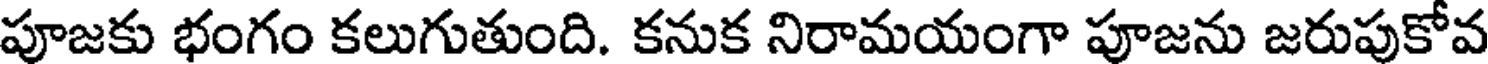
పూజకు భంగం కలుగుతుంది. కనుక నిరామయంగా పూజను జరుపుకోవ